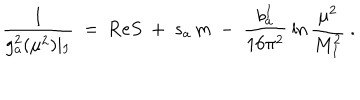
\frac { 1 } { g _ { a } ^ { 2 } ( \mu ^ { 2 } ) \mid _ { I } } \ = \ \mathrm { R e } S \ + \ s _ { a } \, m \ - \ \frac { b _ { a } ^ { I } } { 1 6 \pi ^ { 2 } } \: \ln \frac { \mu ^ { 2 } } { M _ { I } ^ { 2 } } \ .